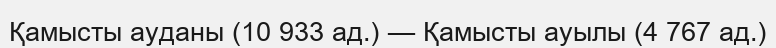
Қамысты ауданы (10 933 ад.) — Қамысты ауылы (4 767 ад.)